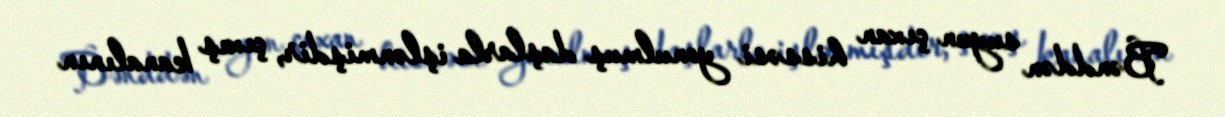
Bənddən suyun çıxan hissəsi yonulmuş daşlarla işlənmişdir, çıxış kanalının